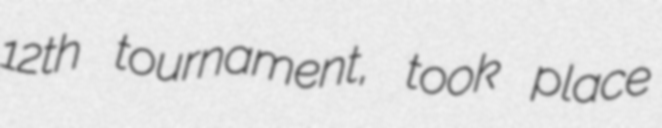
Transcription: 12th tournament, took place